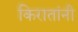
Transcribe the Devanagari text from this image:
किरातांनी